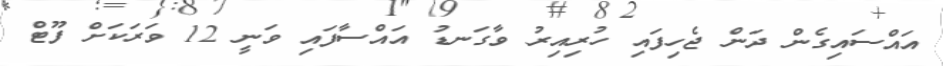
އައްސައިގެން ދަން ޖެހިފައި ހުރިއިރު ވާގަނޑު އައްސާފައި ވަނީ 12 ވަރަކަށް ފޫޓް